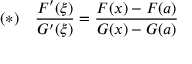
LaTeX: ( * ) \quad { \frac { F ^ { \prime } ( \xi ) } { G ^ { \prime } ( \xi ) } } = { \frac { F ( x ) - F ( a ) } { G ( x ) - G ( a ) } }